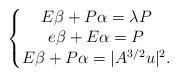
LaTeX: \begin{align*}\left\{\begin{matrix}E\beta+P\alpha=\lambda P \\ e\beta+E\alpha=P\\ E\beta+P\alpha=|A^{3/2}u|^2.\end{matrix}\right.\end{align*}